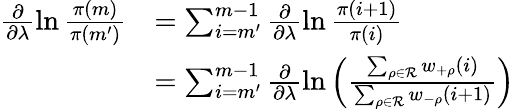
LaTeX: \begin{array}{rl}{\frac{\partial}{\partial\lambda}\ln\frac{\pi(m)}{\pi(m^{\prime})}}&{=\sum_{i=m^{\prime}}^{m-1}\frac{\partial}{\partial\lambda}\ln\frac{\pi(i+1)}{\pi(i)}}\\ &{=\sum_{i=m^{\prime}}^{m-1}\frac{\partial}{\partial\lambda}\ln\left(\frac{\sum_{\rho\in\mathcal{R}}w_{+\rho}(i)}{\sum_{\rho\in\mathcal{R}}w_{-\rho}(i+1)}\right)}\end{array}